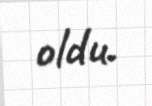
oldu.